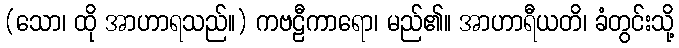
(သော၊ ထို အာဟာရသည်။) ကဗဠီကာရော၊ မည်၏။ အာဟာရီယတိ၊ ခံတွင်းသို့